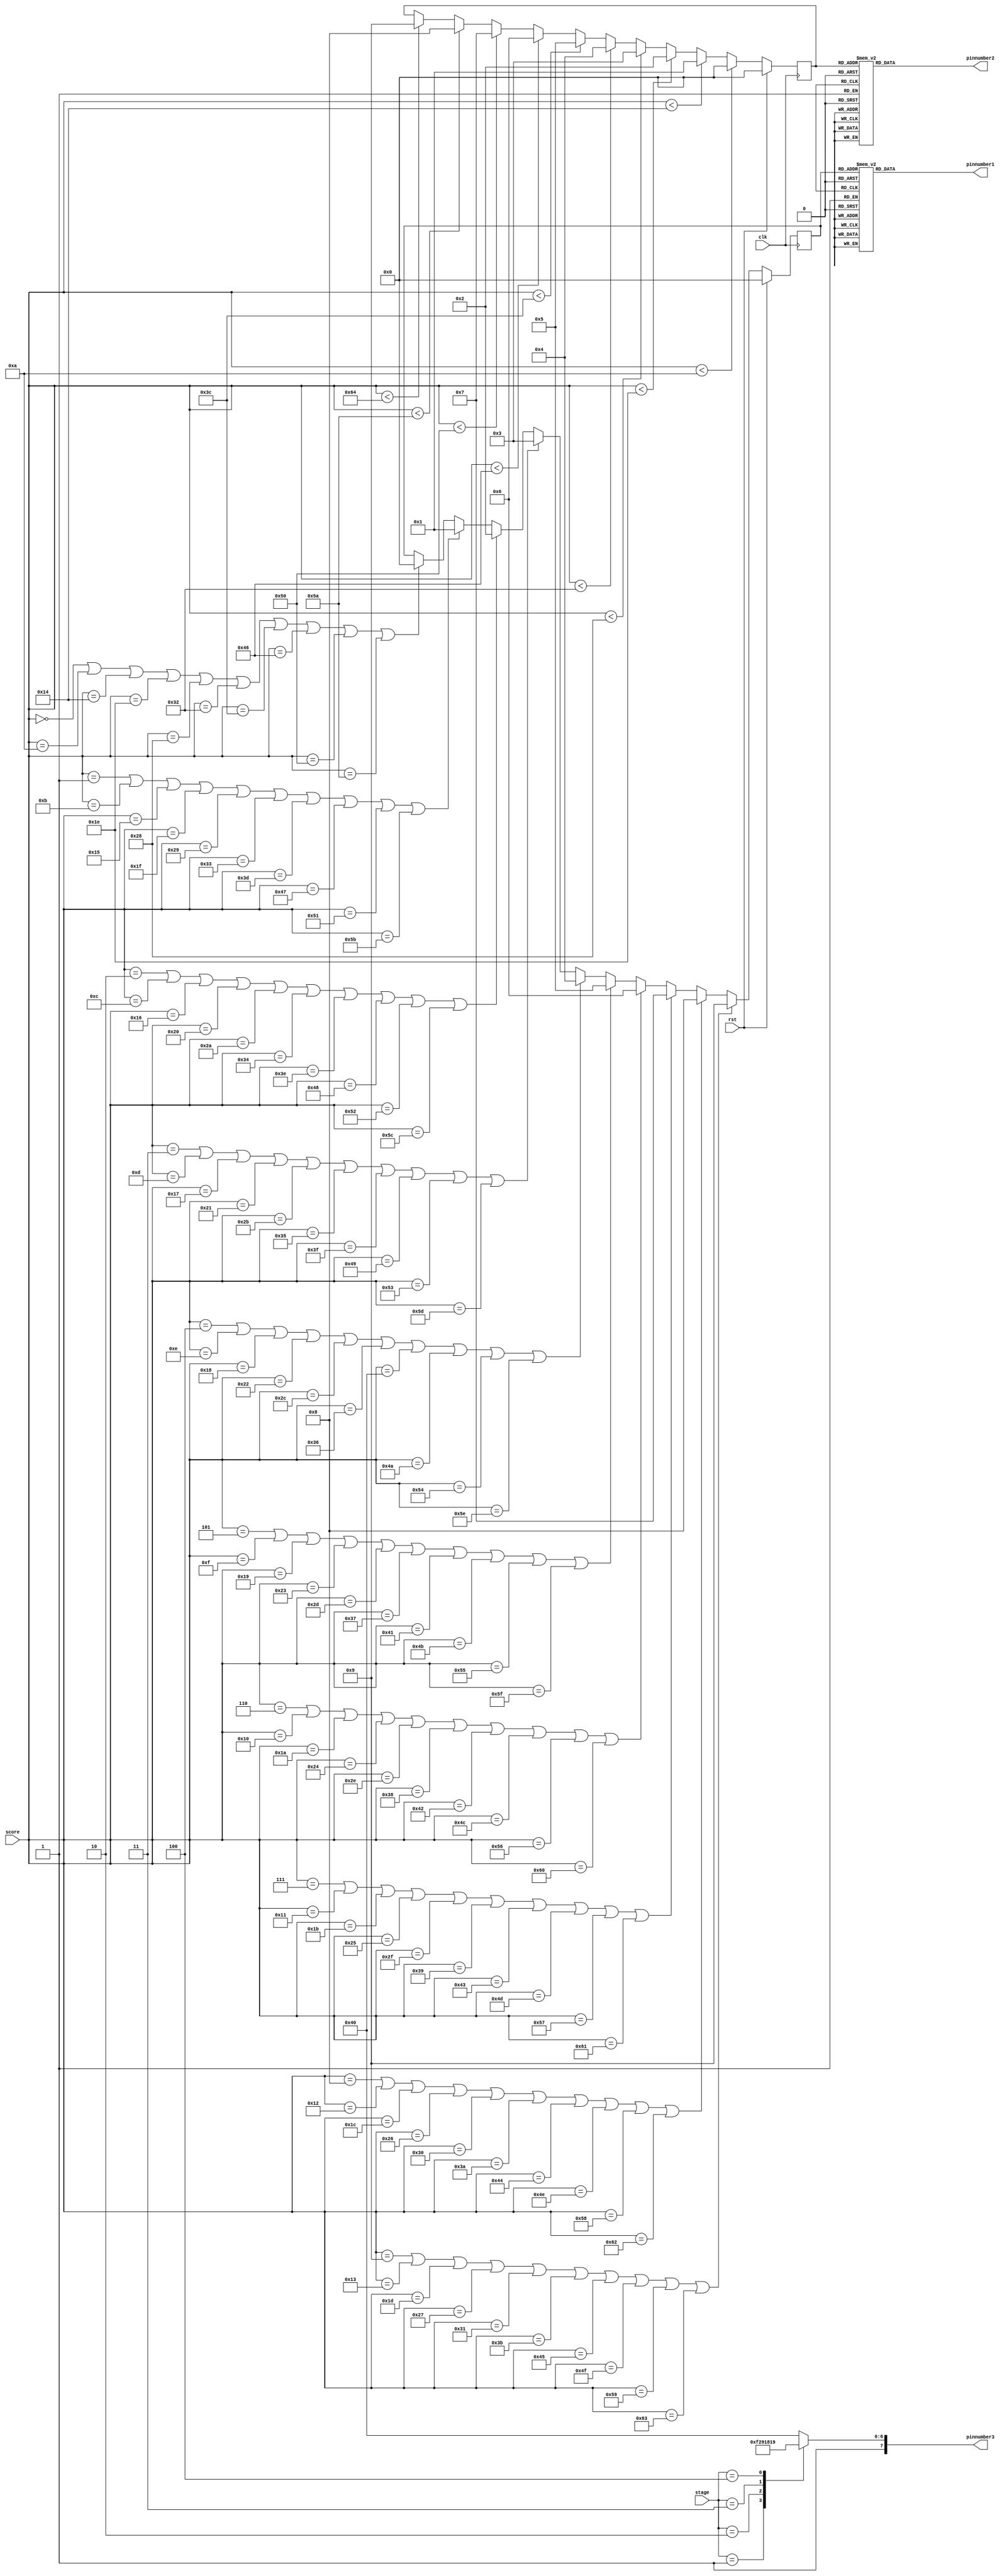
/*
   This file was generated automatically by the Mojo IDE version B1.3.6.
   Do not edit this file directly. Instead edit the original Lucid source.
   This is a temporary file and any changes made to it will be destroyed.
*/

module sevenseg_5 (
    input clk,
    input rst,
    input [6:0] score,
    input [2:0] stage,
    output reg [7:0] pinnumber1,
    output reg [7:0] pinnumber2,
    output reg [7:0] pinnumber3
  );
  
  
  
  reg [3:0] M_tens_d, M_tens_q = 1'h0;
  reg [3:0] M_ones_d, M_ones_q = 1'h0;
  
  always @* begin
    M_tens_d = M_tens_q;
    M_ones_d = M_ones_q;
    
    
    case (stage)
      3'h0: begin
        pinnumber3 = 8'hc0;
      end
      3'h1: begin
        pinnumber3 = 8'hf9;
      end
      3'h2: begin
        pinnumber3 = 8'ha4;
      end
      3'h3: begin
        pinnumber3 = 8'hb0;
      end
      3'h4: begin
        pinnumber3 = 8'h99;
      end
      default: begin
        pinnumber3 = 8'hc0;
      end
    endcase
    
    case (M_ones_q)
      1'h0: begin
        pinnumber1 = 8'hc0;
      end
      1'h1: begin
        pinnumber1 = 8'hf9;
      end
      2'h2: begin
        pinnumber1 = 8'ha4;
      end
      2'h3: begin
        pinnumber1 = 8'hb0;
      end
      3'h4: begin
        pinnumber1 = 8'h99;
      end
      3'h5: begin
        pinnumber1 = 8'h92;
      end
      3'h6: begin
        pinnumber1 = 8'h82;
      end
      3'h7: begin
        pinnumber1 = 8'hf8;
      end
      4'h8: begin
        pinnumber1 = 8'hff;
      end
      4'h9: begin
        pinnumber1 = 8'h90;
      end
      default: begin
        pinnumber1 = 8'hc0;
      end
    endcase
    
    case (M_tens_q)
      1'h0: begin
        pinnumber2 = 8'hc0;
      end
      1'h1: begin
        pinnumber2 = 8'hf9;
      end
      2'h2: begin
        pinnumber2 = 8'ha4;
      end
      2'h3: begin
        pinnumber2 = 8'hb0;
      end
      3'h4: begin
        pinnumber2 = 8'h99;
      end
      3'h5: begin
        pinnumber2 = 8'h92;
      end
      3'h6: begin
        pinnumber2 = 8'h82;
      end
      3'h7: begin
        pinnumber2 = 8'hf8;
      end
      4'h8: begin
        pinnumber2 = 8'hff;
      end
      4'h9: begin
        pinnumber2 = 8'h90;
      end
      default: begin
        pinnumber2 = 8'hc0;
      end
    endcase
    if (score == 1'h0 || score == 4'ha || score == 5'h14 || score == 5'h1e || score == 6'h28 || score == 6'h32 || score == 6'h3c || score == 7'h46 || score == 7'h50 || score == 7'h5a) begin
      M_ones_d = 1'h0;
    end
    if (score == 1'h1 || score == 4'hb || score == 5'h15 || score == 5'h1f || score == 6'h29 || score == 6'h33 || score == 6'h3d || score == 7'h47 || score == 7'h51 || score == 7'h5b) begin
      M_ones_d = 1'h1;
    end
    if (score == 2'h2 || score == 4'hc || score == 5'h16 || score == 6'h20 || score == 6'h2a || score == 6'h34 || score == 6'h3e || score == 7'h48 || score == 7'h52 || score == 7'h5c) begin
      M_ones_d = 2'h2;
    end
    if (score == 2'h3 || score == 4'hd || score == 5'h17 || score == 6'h21 || score == 6'h2b || score == 6'h35 || score == 6'h3f || score == 7'h49 || score == 7'h53 || score == 7'h5d) begin
      M_ones_d = 2'h3;
    end
    if (score == 3'h4 || score == 4'he || score == 5'h18 || score == 6'h22 || score == 6'h2c || score == 6'h36 || score == 7'h40 || score == 7'h4a || score == 7'h54 || score == 7'h5e) begin
      M_ones_d = 3'h4;
    end
    if (score == 3'h5 || score == 4'hf || score == 5'h19 || score == 6'h23 || score == 6'h2d || score == 6'h37 || score == 7'h41 || score == 7'h4b || score == 7'h55 || score == 7'h5f) begin
      M_ones_d = 3'h5;
    end
    if (score == 3'h6 || score == 5'h10 || score == 5'h1a || score == 6'h24 || score == 6'h2e || score == 6'h38 || score == 7'h42 || score == 7'h4c || score == 7'h56 || score == 7'h60) begin
      M_ones_d = 3'h6;
    end
    if (score == 3'h7 || score == 5'h11 || score == 5'h1b || score == 6'h25 || score == 6'h2f || score == 6'h39 || score == 7'h43 || score == 7'h4d || score == 7'h57 || score == 7'h61) begin
      M_ones_d = 3'h7;
    end
    if (score == 4'h8 || score == 5'h12 || score == 5'h1c || score == 6'h26 || score == 6'h30 || score == 6'h3a || score == 7'h44 || score == 7'h4e || score == 7'h58 || score == 7'h62) begin
      M_ones_d = 4'h8;
    end
    if (score == 4'h9 || score == 5'h13 || score == 5'h1d || score == 6'h27 || score == 6'h31 || score == 6'h3b || score == 7'h45 || score == 7'h4f || score == 7'h59 || score == 7'h63) begin
      M_ones_d = 4'h9;
    end
    if (score < 4'ha) begin
      M_tens_d = 1'h0;
    end else begin
      if (score < 5'h14) begin
        M_tens_d = 1'h1;
      end else begin
        if (score < 5'h1e) begin
          M_tens_d = 2'h2;
        end else begin
          if (score < 6'h28) begin
            M_tens_d = 2'h3;
          end else begin
            if (score < 6'h32) begin
              M_tens_d = 3'h4;
            end else begin
              if (score < 6'h3c) begin
                M_tens_d = 3'h5;
              end else begin
                if (score < 7'h46) begin
                  M_tens_d = 3'h6;
                end else begin
                  if (score < 7'h50) begin
                    M_tens_d = 3'h7;
                  end else begin
                    if (score < 7'h5a) begin
                      M_tens_d = 4'h8;
                    end else begin
                      if (score < 7'h64) begin
                        M_tens_d = 4'h9;
                      end
                    end
                  end
                end
              end
            end
          end
        end
      end
    end
  end
  
  always @(posedge clk) begin
    if (rst == 1'b1) begin
      M_tens_q <= 1'h0;
      M_ones_q <= 1'h0;
    end else begin
      M_tens_q <= M_tens_d;
      M_ones_q <= M_ones_d;
    end
  end
  
endmodule